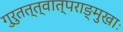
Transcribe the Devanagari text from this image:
गुरुतत्त्वात्पराङ्मुखाः